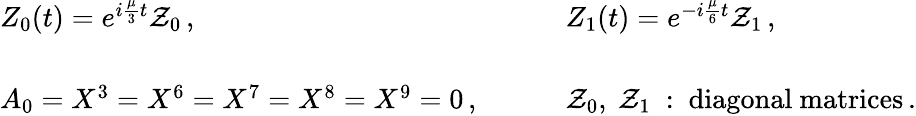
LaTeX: \begin{array}{ll}{{Z_{0}(t)=e^{i\frac{\mu}{3}t}{\cal Z}_{0}\, ,~~~~}}&{{~~~~Z_{1}(t)=e^{-i\frac{\mu}{6}t}{\cal Z}_{1}\, ,}}\\ {{{}}}&{{{}}}\\ {{A_{0}=X^{3}=X^{6}=X^{7}=X^{8}=X^{9}=0\, ,~~~~}}&{{~~~~{\cal Z}_{0},~{\cal Z}_{1}~:~\mathrm{diagonal~matrices}\, .}}\end{array}